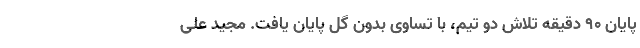
پایان 90 دقیقه تلاش دو تیم، با تساوی بدون گل پایان یافت. مجید علی